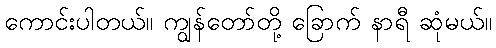
ကောင်းပါတယ်။ ကျွန်တော်တို့ ခြောက် နာရီ ဆုံမယ်။